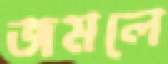
জমলে